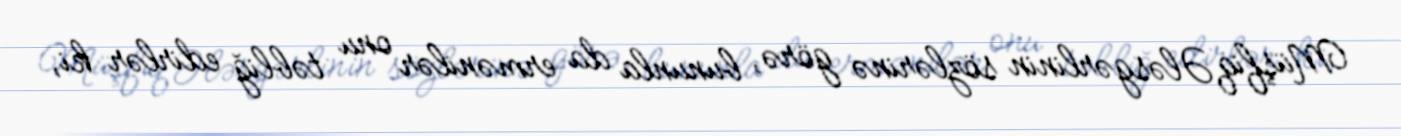
Müşfiq Ələsgərlinin sözlərinə görə, bununla da ermənilər onu təbliğ edirlər ki,